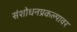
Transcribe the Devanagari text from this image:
संशोधनप्रकल्पावर